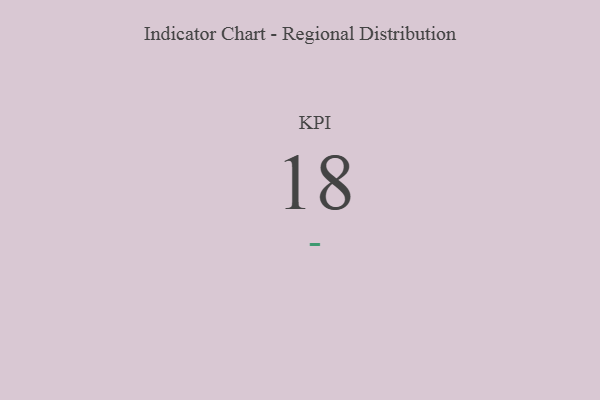
{"axis": {"x": "KPI", "y": "Value"}, "legend": [""], "data": [{"x": "KPI", "y": 18, "type": ""}]}